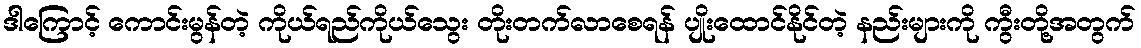
ဒါကြောင့် ကောင်းမွန်တဲ့ ကိုယ်ရည်ကိုယ်သွေး တိုးတက်လာစေရန် ပျိုးထောင်နိုင်တဲ့ နည်းများကို ကွီးတို့အတွက်